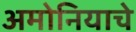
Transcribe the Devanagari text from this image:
अमोनियाचे